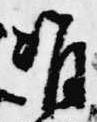
准